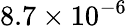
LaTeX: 8.7\times 10^{-6}